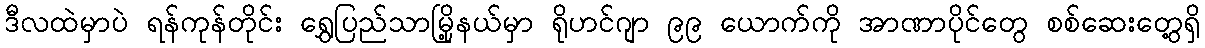
ဒီလထဲမှာပဲ ရန်ကုန်တိုင်း ရွှေပြည်သာမြို့နယ်မှာ ရိုဟင်ဂျာ ၉၉ ယောက်ကို အာဏာပိုင်တွေ စစ်ဆေးတွေ့ရှိ